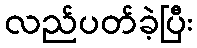
လည်ပတ်ခဲ့ပြီး